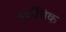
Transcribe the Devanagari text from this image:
पूर्वाधिक